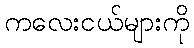
ကလေးငယ်များကို